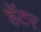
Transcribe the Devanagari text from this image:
हॅटर